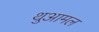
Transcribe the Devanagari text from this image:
थुआमल